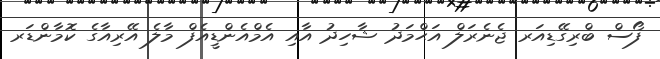
ފޯސް ބްރިގޭޑިއަރ ޖެނެރަލް އަޙްމަދު ޝާހިދު އާއި އެމްއެންޑީއެފް މާލެ އޭރިއާގެ ކޮމާންޑަރ